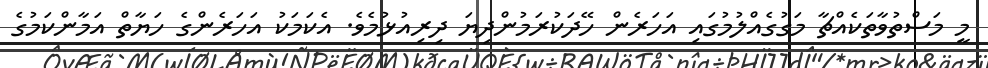
މީ މަސްތުވާތަކެއްޗާ މަގުގެއްލުމުގައި އަހަރެން ހޭދަކުރަމުންދިޔަ ދިރިއުޅުމެވެ. އެކަމަކު އަހަރެންގެ ހަޔާތް އަމާންކަމުގެ